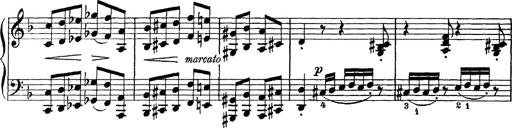
Title: Scherzo und Marsch
Composer: Franz Liszt